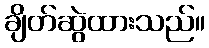
ချိတ်ဆွဲထားသည်။